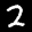
Label: 2